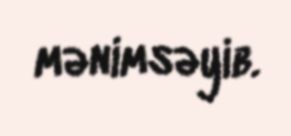
mənimsəyib.